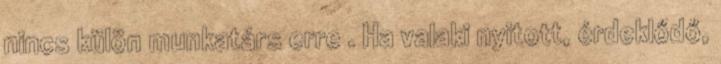
nincs külön munkatárs erre . Ha valaki nyitott, érdeklődő,